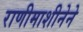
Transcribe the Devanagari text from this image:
राणीमाशीनेने